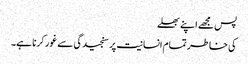
پس مجھے اپنے بھلے
کی خاطر تمام انسانیت پر سنجیدگی سے غور کرنا ہے۔